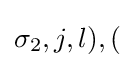
\sigma _{2},j,l),(